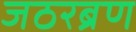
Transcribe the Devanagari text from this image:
जठरब्रण